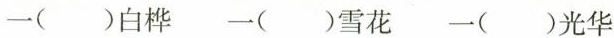
一( )白桦 一( )雪花 一( )光华